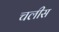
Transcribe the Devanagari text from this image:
चलीस